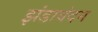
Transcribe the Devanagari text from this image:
झंडावंदन